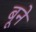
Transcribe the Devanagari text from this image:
बूने